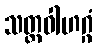
သတ္ထဝါဟဂ္ဂံ